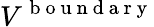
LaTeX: V^{\mathrm{~b~o~u~n~d~a~r~y~}}